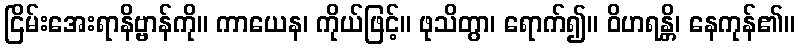
ငြိမ်းအေးရာနိဗ္ဗာန်ကို။ ကာယေန၊ ကိုယ်ဖြင့်။ ဖုသိတွာ၊ ရောက်၍။ ဝိဟရန္တိ၊ နေကုန်၏။